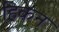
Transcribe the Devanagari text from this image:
हिकन